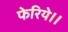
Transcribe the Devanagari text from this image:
फेरिये।।